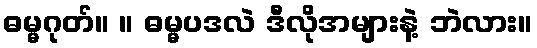
ဓမ္မဂုတ်။ ။ ဓမ္မပဒလဲ ဒီလိုအများနဲ့ ဘဲလား။